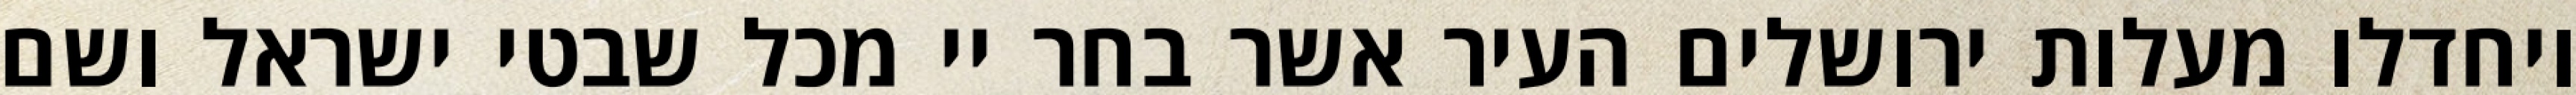
ויחדלו מעלות ירושלים העיר אשר בחר יי מכל שבטי ישראל ושם